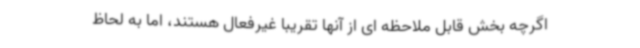
اگرچه بخش قابل ملاحظه ای از آنها تقریباً غیرفعال هستند، اما به لحاظ